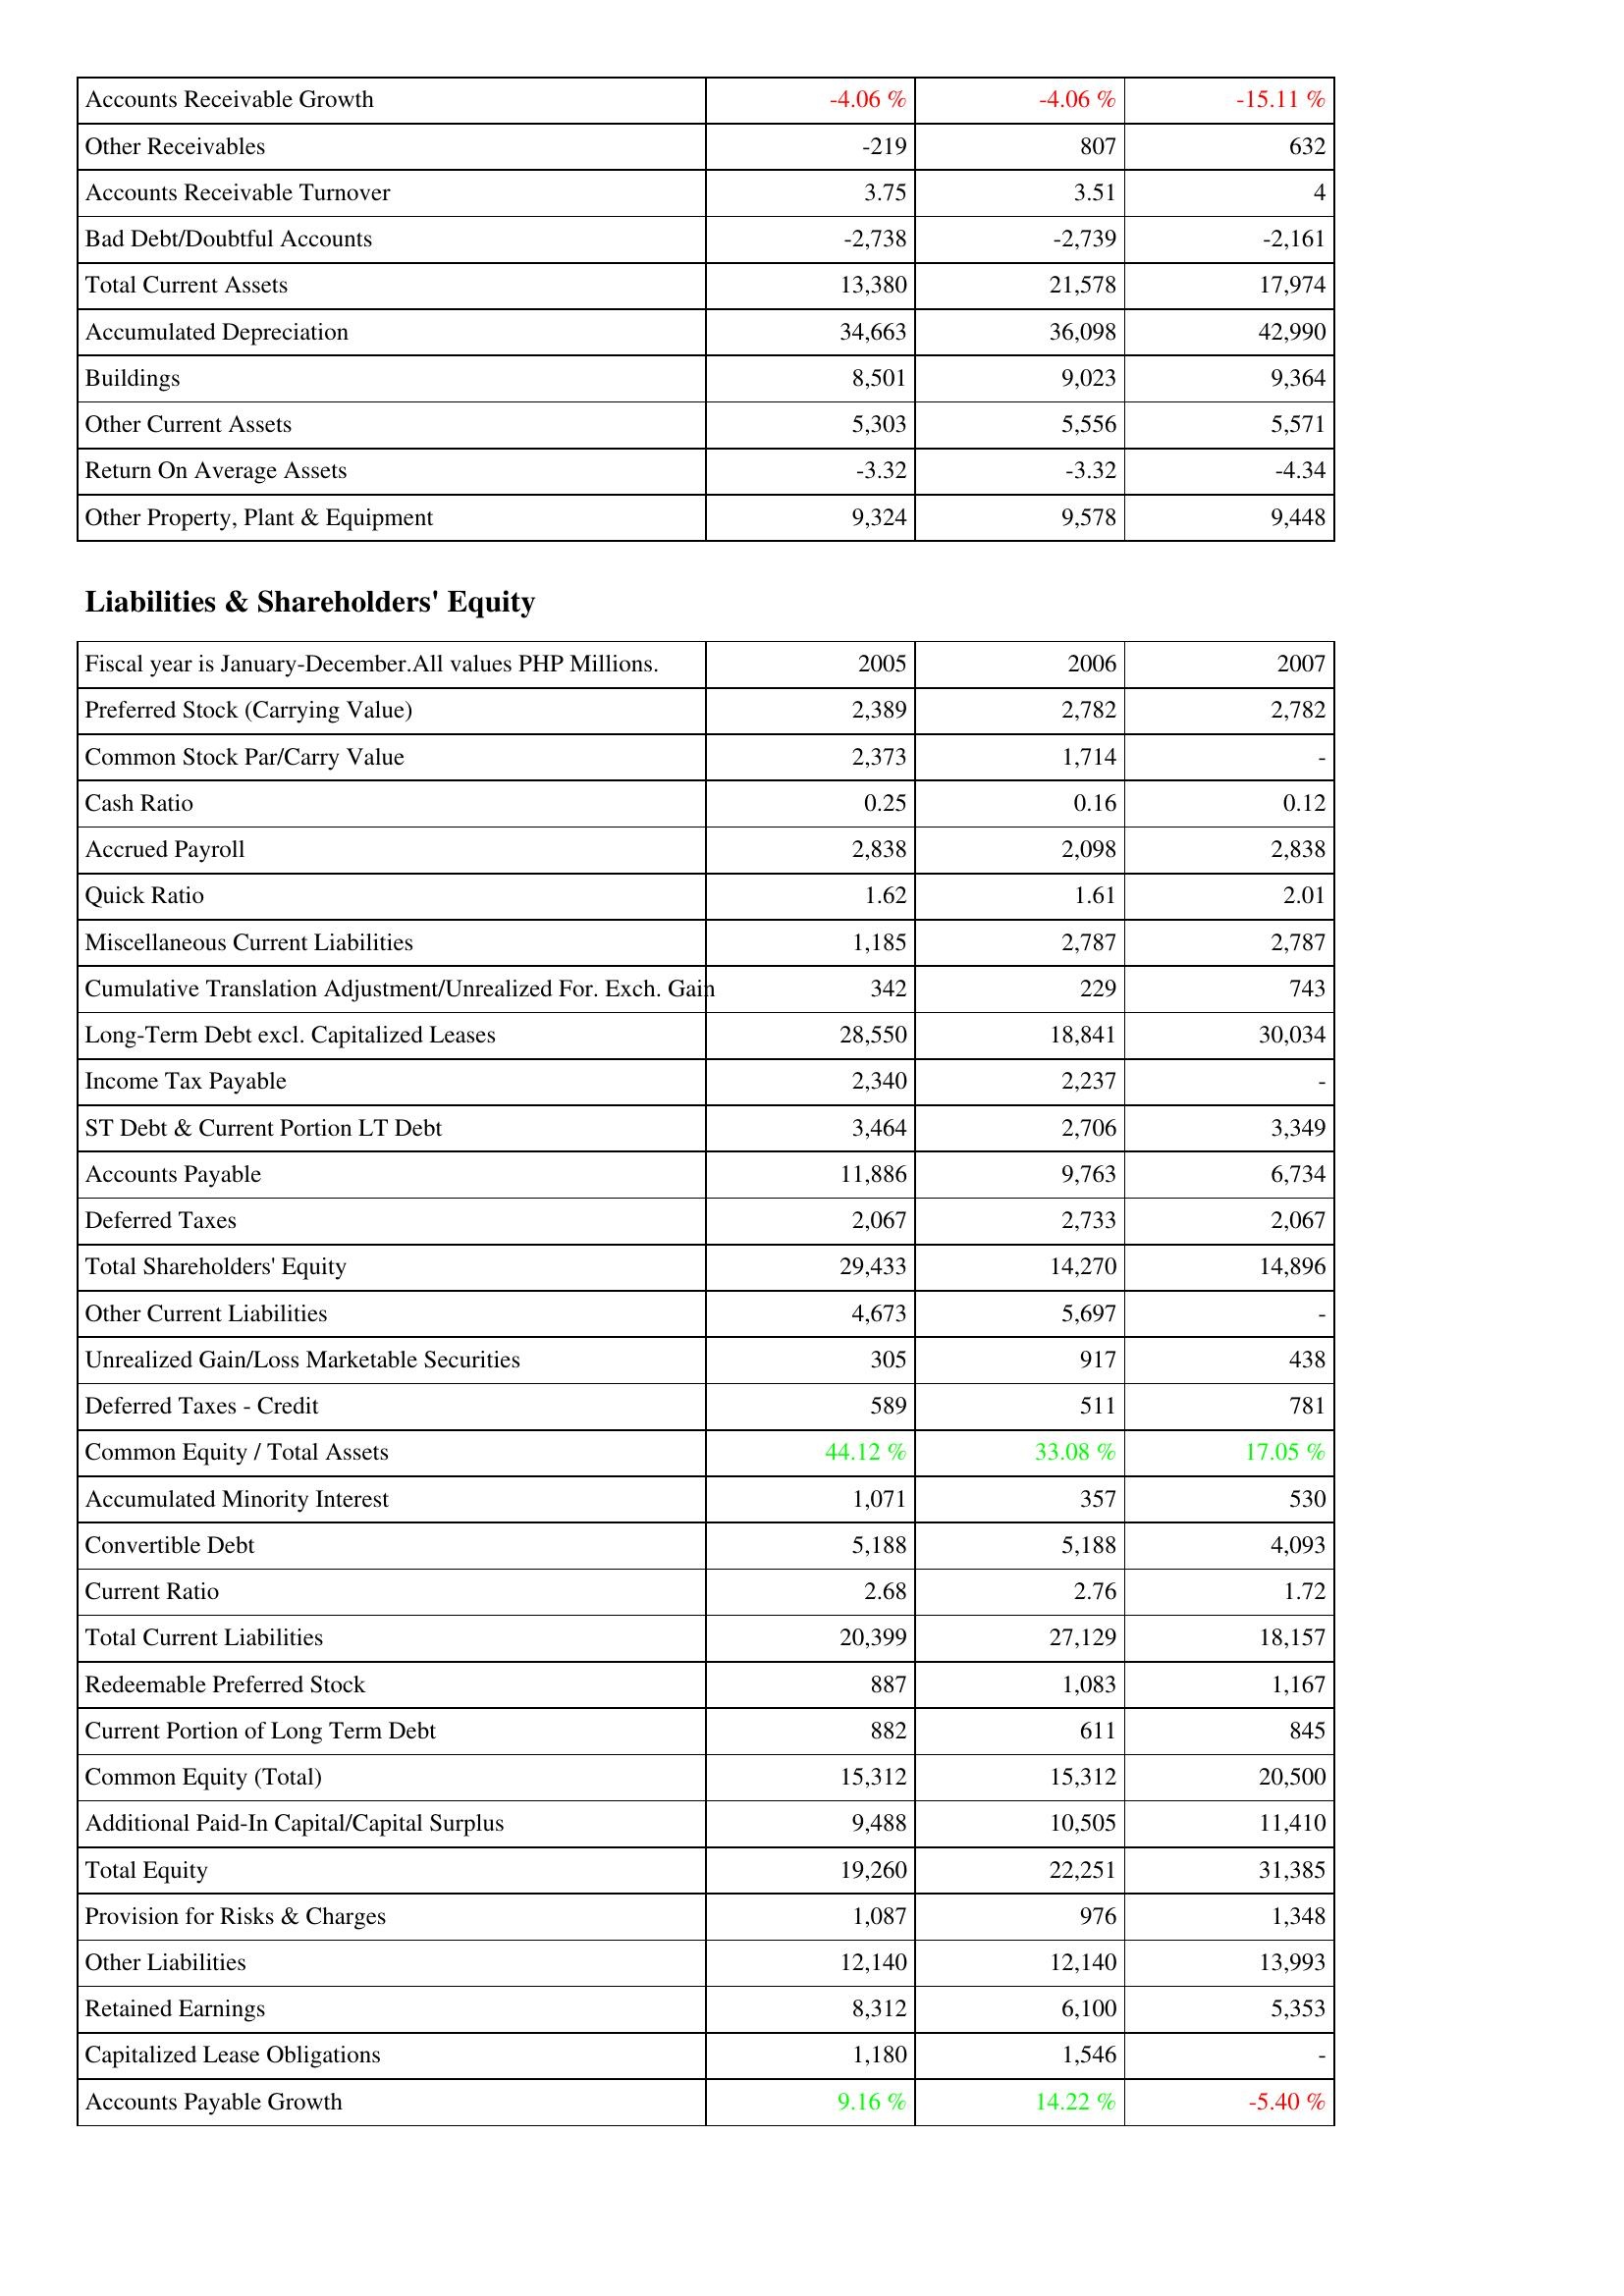
2005: Assets: Accounts Receivable Growth: -4.06 %
Other Receivables: -219
Accounts Receivable Turnover: 3.75
Bad Debt/Doubtful Accounts: -2,738
Total Current Assets: 13,380
Accumulated Depreciation: 34,663
Buildings: 8,501
Other Current Assets: 5,303
Return On Average Assets: -3.32
Other Property, Plant & Equipment: 9,324
Liabilities & Shareholders' Equity: Preferred Stock (Carrying Value): 2,389
Common Stock Par/Carry Value: 2,373
Cash Ratio: 0.25
Accrued Payroll: 2,838
Quick Ratio: 1.62
Miscellaneous Current Liabilities: 1,185
Cumulative Translation Adjustment/Unrealized For. Exch. Gain: 342
Long-Term Debt excl. Capitalized Leases: 28,550
Income Tax Payable: 2,340
ST Debt & Current Portion LT Debt: 3,464
Accounts Payable: 11,886
Deferred Taxes: 2,067
Total Shareholders' Equity: 29,433
Other Current Liabilities: 4,673
Unrealized Gain/Loss Marketable Securities: 305
Deferred Taxes - Credit: 589
Common Equity / Total Assets: 44.12 %
Accumulated Minority Interest: 1,071
Convertible Debt: 5,188
Current Ratio: 2.68
Total Current Liabilities: 20,399
Redeemable Preferred Stock: 887
Current Portion of Long Term Debt: 882
Common Equity (Total): 15,312
Additional Paid-In Capital/Capital Surplus: 9,488
Total Equity: 19,260
Provision for Risks & Charges: 1,087
Other Liabilities: 12,140
Retained Earnings: 8,312
Capitalized Lease Obligations: 1,180
Accounts Payable Growth: 9.16 %
2006: Assets: Accounts Receivable Growth: -4.06 %
Other Receivables: 807
Accounts Receivable Turnover: 3.51
Bad Debt/Doubtful Accounts: -2,739
Total Current Assets: 21,578
Accumulated Depreciation: 36,098
Buildings: 9,023
Other Current Assets: 5,556
Return On Average Assets: -3.32
Other Property, Plant & Equipment: 9,578
Liabilities & Shareholders' Equity: Preferred Stock (Carrying Value): 2,782
Common Stock Par/Carry Value: 1,714
Cash Ratio: 0.16
Accrued Payroll: 2,098
Quick Ratio: 1.61
Miscellaneous Current Liabilities: 2,787
Cumulative Translation Adjustment/Unrealized For. Exch. Gain: 229
Long-Term Debt excl. Capitalized Leases: 18,841
Income Tax Payable: 2,237
ST Debt & Current Portion LT Debt: 2,706
Accounts Payable: 9,763
Deferred Taxes: 2,733
Total Shareholders' Equity: 14,270
Other Current Liabilities: 5,697
Unrealized Gain/Loss Marketable Securities: 917
Deferred Taxes - Credit: 511
Common Equity / Total Assets: 33.08 %
Accumulated Minority Interest: 357
Convertible Debt: 5,188
Current Ratio: 2.76
Total Current Liabilities: 27,129
Redeemable Preferred Stock: 1,083
Current Portion of Long Term Debt: 611
Common Equity (Total): 15,312
Additional Paid-In Capital/Capital Surplus: 10,505
Total Equity: 22,251
Provision for Risks & Charges: 976
Other Liabilities: 12,140
Retained Earnings: 6,100
Capitalized Lease Obligations: 1,546
Accounts Payable Growth: 14.22 %
2007: Assets: Accounts Receivable Growth: -15.11 %
Other Receivables: 632
Accounts Receivable Turnover: 4
Bad Debt/Doubtful Accounts: -2,161
Total Current Assets: 17,974
Accumulated Depreciation: 42,990
Buildings: 9,364
Other Current Assets: 5,571
Return On Average Assets: -4.34
Other Property, Plant & Equipment: 9,448
Liabilities & Shareholders' Equity: Preferred Stock (Carrying Value): 2,782
Common Stock Par/Carry Value: -
Cash Ratio: 0.12
Accrued Payroll: 2,838
Quick Ratio: 2.01
Miscellaneous Current Liabilities: 2,787
Cumulative Translation Adjustment/Unrealized For. Exch. Gain: 743
Long-Term Debt excl. Capitalized Leases: 30,034
Income Tax Payable: -
ST Debt & Current Portion LT Debt: 3,349
Accounts Payable: 6,734
Deferred Taxes: 2,067
Total Shareholders' Equity: 14,896
Other Current Liabilities: -
Unrealized Gain/Loss Marketable Securities: 438
Deferred Taxes - Credit: 781
Common Equity / Total Assets: 17.05 %
Accumulated Minority Interest: 530
Convertible Debt: 4,093
Current Ratio: 1.72
Total Current Liabilities: 18,157
Redeemable Preferred Stock: 1,167
Current Portion of Long Term Debt: 845
Common Equity (Total): 20,500
Additional Paid-In Capital/Capital Surplus: 11,410
Total Equity: 31,385
Provision for Risks & Charges: 1,348
Other Liabilities: 13,993
Retained Earnings: 5,353
Capitalized Lease Obligations: -
Accounts Payable Growth: -5.40 %